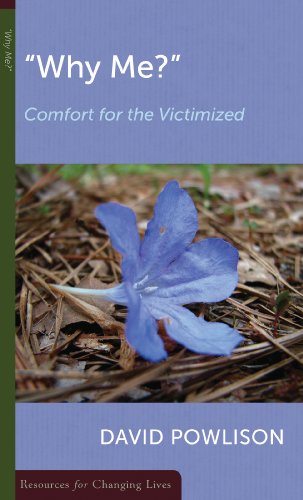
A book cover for Why Me: Comfort for the Victimized (Resources for Changing Lives); David Powlison; Religion & Spirituality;